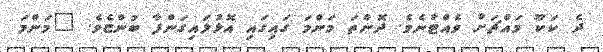
ދެ ކަކޫ މައްޗަށް ވެއްޓުނެވެ. ދޮންތަ މަންމަ ގައިގައި އޮޅުލައިގަންފާ ބުންޏެވެ. "މަންމަ